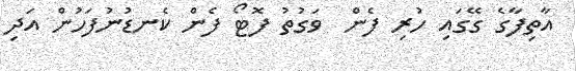
އާތިފާގެ ގޭގައި ހުރި ފެން  ވަގުތު ފޮޓޯ ފެން ކެނޑުނުފަހުން އަދި